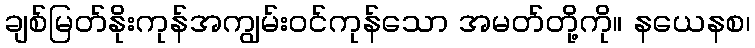
ချစ်မြတ်နိုးကုန်အကျွမ်းဝင်ကုန်သော အမတ်တို့ကို။ နယေနစ၊